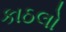
કાઠલો